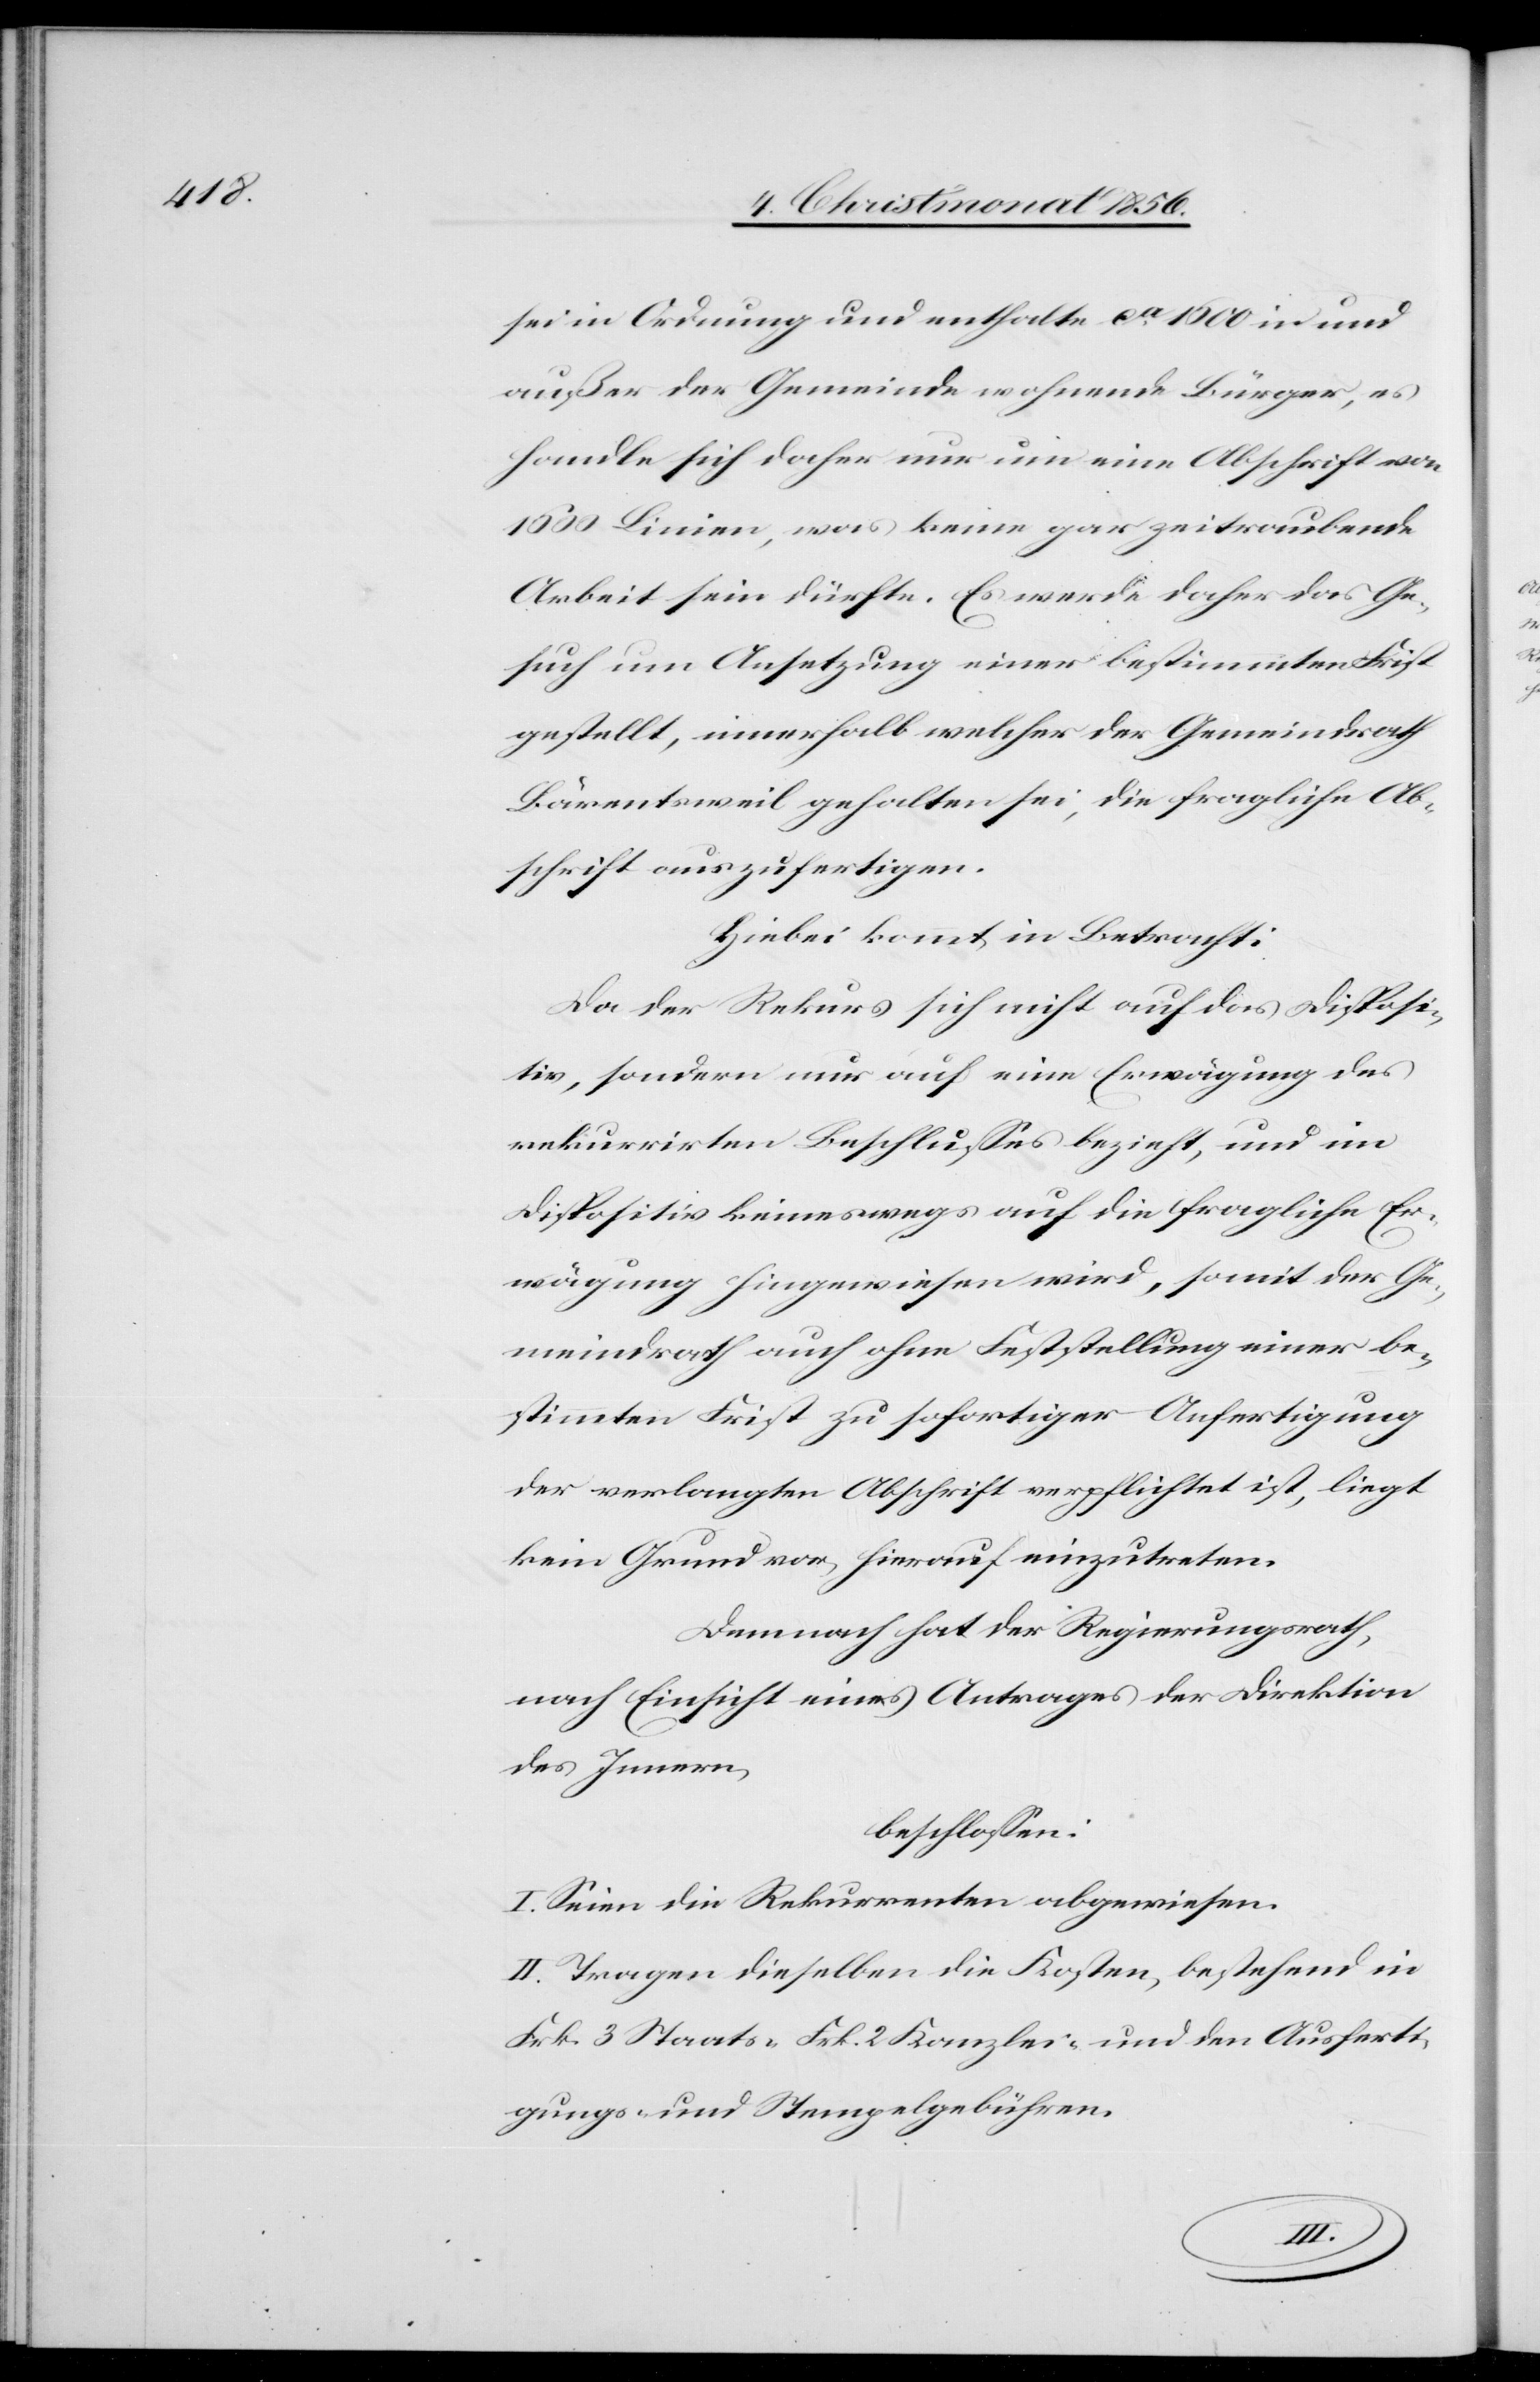
sei in Ordnung und enthalte ca 1000 in und
außer der Gemeinde wohnende Bürger, es
handle sich daher nur um eine Abschrift von
1000 Linien, was keine gar zeitraubende
Arbeit sein dürfte. Es werde daher das Ge¬
such um Ansetzung einer bestimmten Frist
gestellt, innerhalb welcher der Gemeindrath
Bärentsweil gehalten sei, die fragliche Ab¬
schrift auszufertigen.
Hiebei kommt in Betracht:
Da der Rekurs sich nicht auf das Disposi¬
tiv, sondern nur auf eine Erwägung des
rekurrirten Beschlusses bezieht, und im
Dispositiv keineswegs auf die fragliche Er¬
wägung hingewiesen wird, somit der Ge¬
meindrath auch ohne Feststellung einer be¬
stimmten Frist zu sofortiger Anfertigung
der verlangten Abschrift verpflichtet ist, liegt
kein Grund vor, hierauf einzutreten.
Demnach hat der Regierungsrath,
nach Einsicht eines Antrages der Direktion
des Innern,
beschlossen:
I. Seien die Rekurrenten abgewiesen.
II. Tragen dieselben die Kosten, bestehend in
Frk. 3 Staats-[,] Frk. 2 Kanzlei- und den Ausferti¬
gungs- und Stempelgebühren.